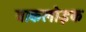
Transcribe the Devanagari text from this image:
वाकलोइक